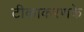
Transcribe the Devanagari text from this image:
टीकाकरणके